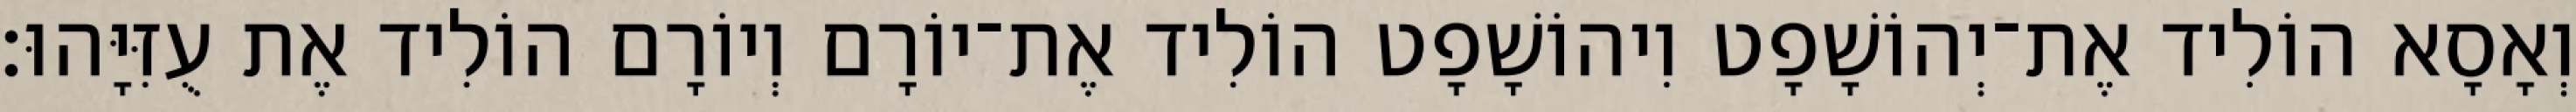
וְאָסָא הוֹלִיד אֶת־יְהוֹשָׁפָט וִיהוֹשָׁפָט הוֹלִיד אֶת־יוֹרָם וְיוֹרָם הוֹלִיד אֶת עֻזִּיָּהוּ׃